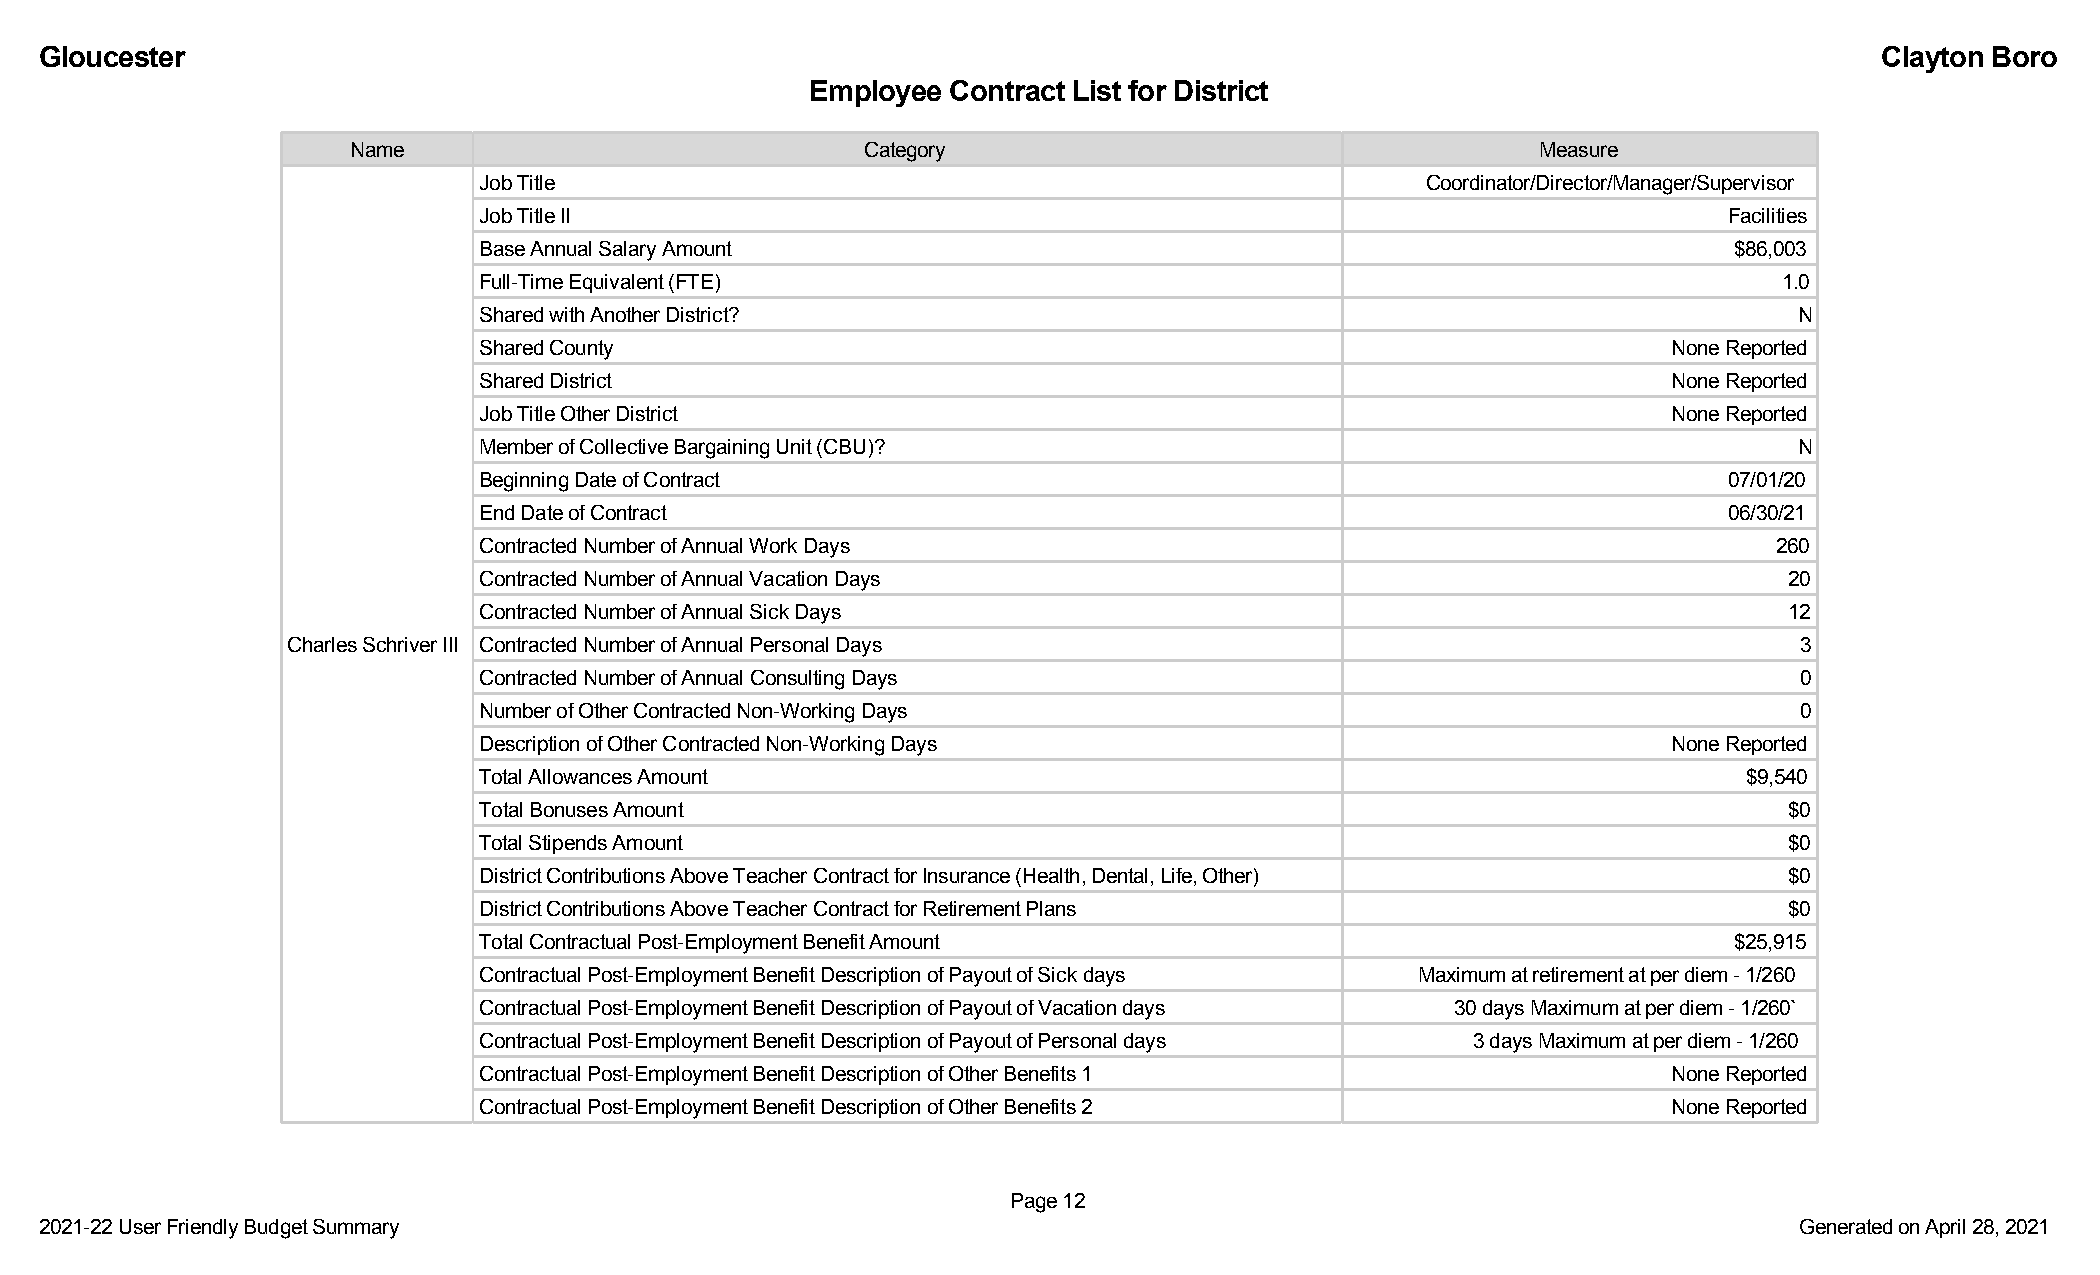
GGlloouucceesstteerr                                                                                                      CCllaayyttoonn BBoorroo
 EEmmppllooyyeeee CCoonnttrraacctt LLiisstt ffoorr DDiissttrriicctt
 Name                              Category                                     Measure
 Job Title                                                     Coordinator/Director/Manager/Supervisor
 Job Title II                                                                      Facilities
 Base Annual Salary Amount                                                          $86,003
 Full-Time Equivalent (FTE)                                                            1.0
 Shared with Another District?                                                          N
 Shared County                                                                  None Reported
 Shared District                                                                None Reported
 Job Title Other District                                                       None Reported
 Member of Collective Bargaining Unit (CBU)?                                            N
 Beginning Date of Contract                                                        07/01/20
 End Date of Contract                                                              06/30/21
 Contracted Number of Annual Work Days                                                 260
 Contracted Number of Annual Vacation Days                                             20
 Contracted Number of Annual Sick Days                                                 12
 Charles Schriver III Contracted Number of Annual Personal Days                                      3
 Contracted Number of Annual Consulting Days                                            0
 Number of Other Contracted Non-Working Days                                            0
 Description of Other Contracted Non-Working Days                               None Reported
 Total Allowances Amount                                                             $9,540
 Total Bonuses Amount                                                                  $0
 Total Stipends Amount                                                                 $0
 District Contributions Above Teacher Contract for Insurance (Health, Dental, Life, Other) $0
 District Contributions Above Teacher Contract for Retirement Plans                    $0
 Total Contractual Post-Employment Benefit Amount                                   $25,915
 Contractual Post-Employment Benefit Description of Payout of Sick days Maximum at retirement at per diem - 1/260
 Contractual Post-Employment Benefit Description of Payout of Vacation days 30 days Maximum at per diem - 1/260`
 Contractual Post-Employment Benefit Description of Payout of Personal days 3 days Maximum at per diem - 1/260
 Contractual Post-Employment Benefit Description of Other Benefits 1            None Reported
 Contractual Post-Employment Benefit Description of Other Benefits 2            None Reported
 PPaaggee 1122
 22002211--2222 UUsseerr FFrriieennddllyy BBuuddggeett SSuummmmaarryy                                                GGeenneerraatteedd oonn AApprriill 2288,, 22002211